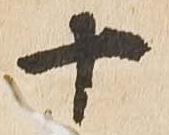
十